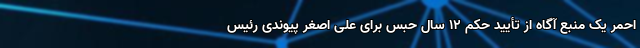
احمر یک منبع آگاه از تأیید حکم ۱۲ سال حبس برای علی اصغر پیوندی رئیس